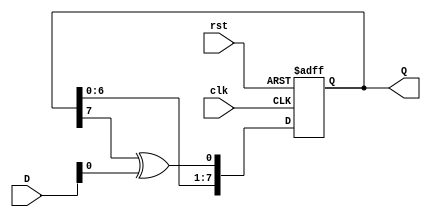
module FeedbackRegister #(
    parameter WIDTH = 8,            // Width of the register
    parameter INIT_STATE = 8'b00000000 // Initial state on reset
)(
    input wire clk,                  // Clock input
    input wire rst,                  // Reset input
    input wire [WIDTH-1:0] D,        // Data input
    output reg [WIDTH-1:0] Q         // Current state output
);

    // Internal signal for feedback logic
    wire [WIDTH-1:0] feedback;

    // Example feedback logic (customize as needed)
    assign feedback = {Q[WIDTH-2:0], Q[WIDTH-1] ^ D[0]}; // Simple feedback example

    // Sequential logic for state update
    always @(posedge clk or posedge rst) begin
        if (rst) begin
            Q <= INIT_STATE; // Reset to initial state
        end else begin
            // Update state based on feedback or data input
            Q <= feedback; // Update with feedback logic
            // Optionally, you can implement conditions to choose between D and feedback
            // Q <= (some_condition) ? D : feedback; // Example conditional update
        end
    end

endmodule